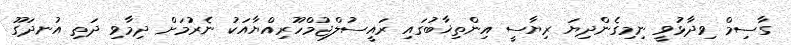
ގާސިމް ވިދާޅުވީ ނިމިގެންދިޔަ ރިޔާސީ އިންތިޚާބުގައި ރައީސުލްޖުމްހޫރިއްޔާއަކު ނެރުމަށް ދިމާވި ދަތި އުނދަގޫ